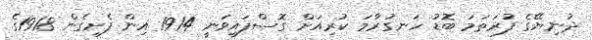
ދުނިޔޭގެ ފުރަތަމަ ބޮޑު ހަނގުރާމަ ކުރިއަށް ގޮސްފައިވަނީ 1914 އިން ފެށިގެން 1918ގެ